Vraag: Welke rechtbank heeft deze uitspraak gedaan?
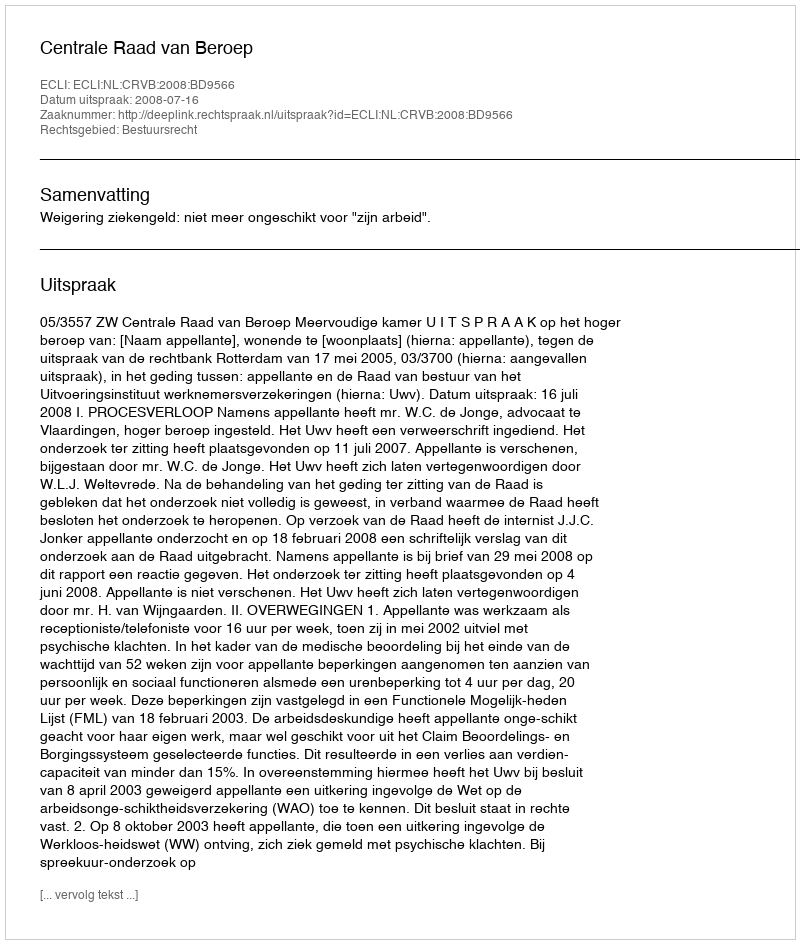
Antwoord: Centrale Raad van Beroep